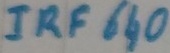
Text: IRF640